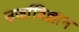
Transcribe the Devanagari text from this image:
उर्जाविज्ञान